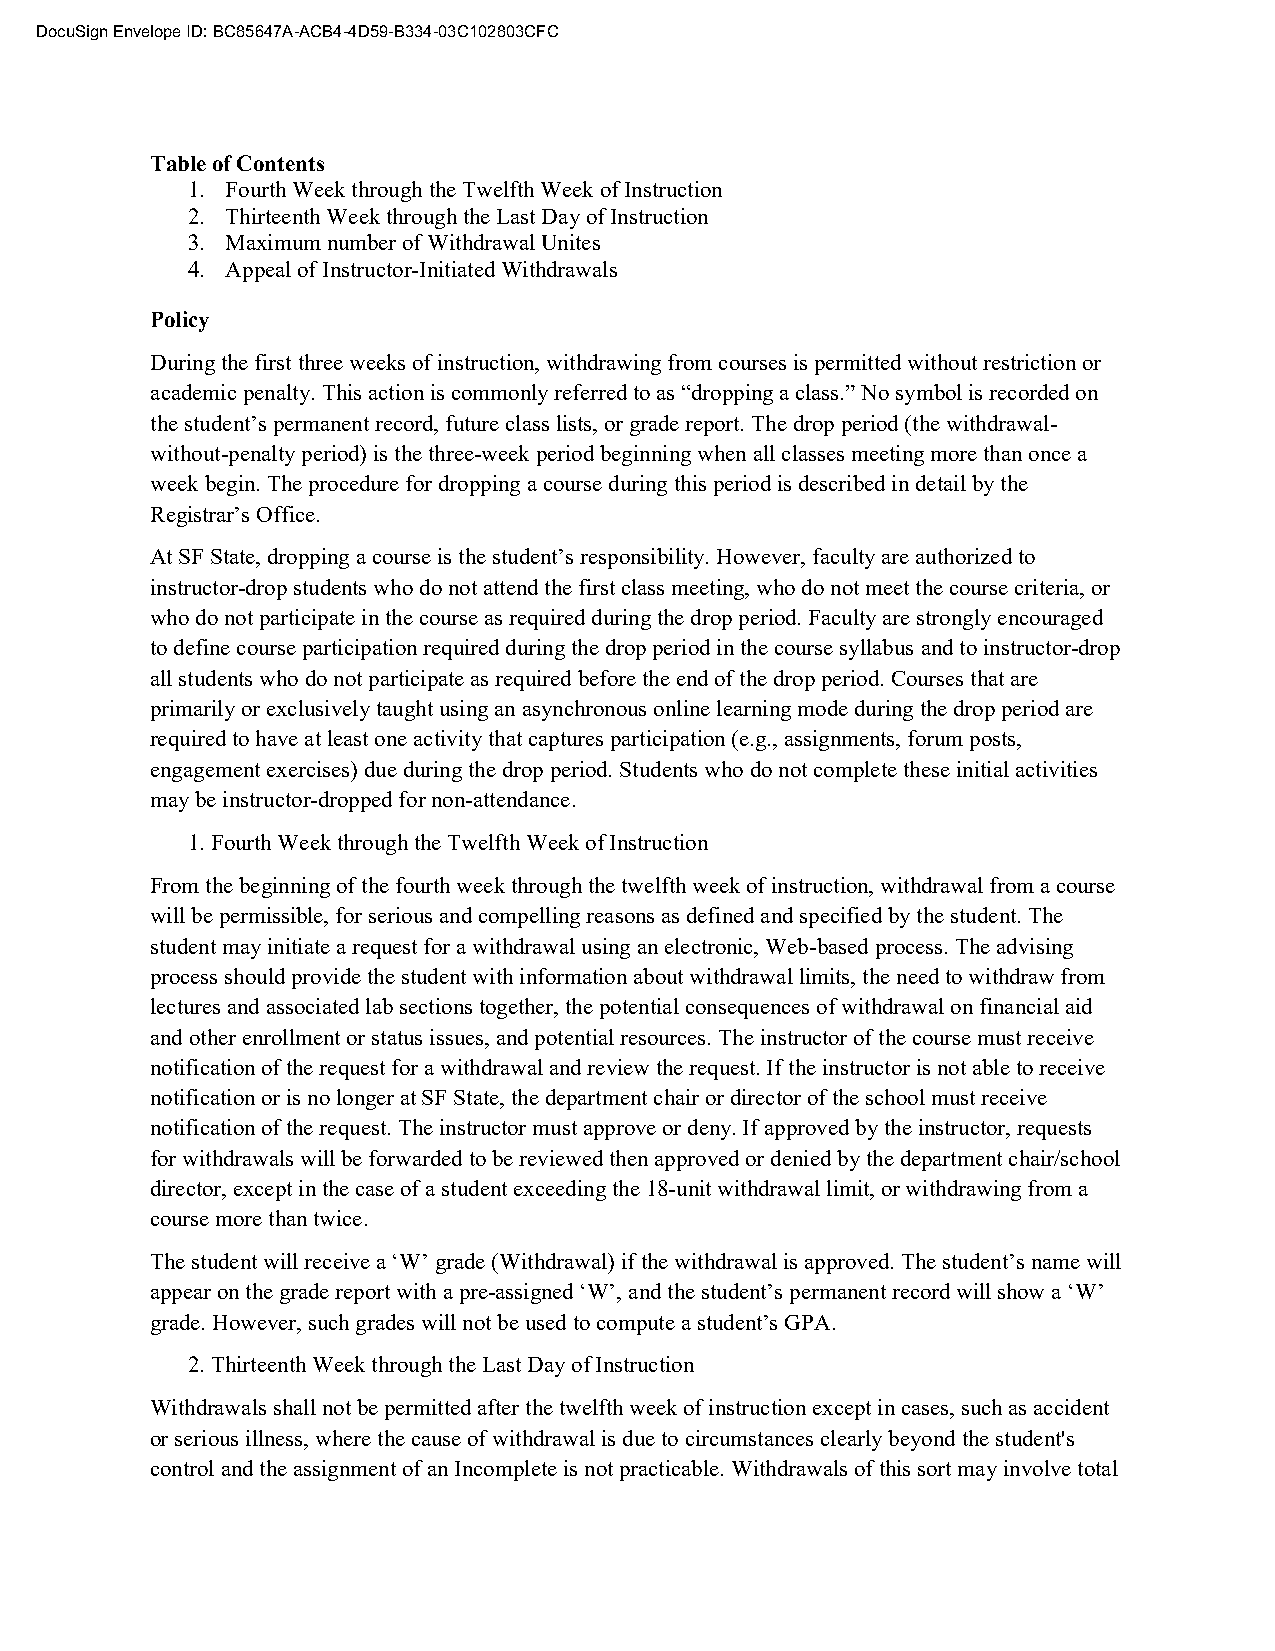
DocuSign Envelope ID: BC85647A-ACB4-4D59-B334-03C102803CFC
 Table of Contents
 1. Fourth Week through the Twelfth Week of Instruction
 2. Thirteenth Week through the Last Day of Instruction
 3. Maximum number of Withdrawal Unites
 4. Appeal of Instructor-Initiated Withdrawals
 Policy
 During the first three weeks of instruction, withdrawing from courses is permitted without restriction or
 academic penalty. This action is commonly referred to as “dropping a class.” No symbol is recorded on
 the student’s permanent record, future class lists, or grade report. The drop period (the withdrawal-
 without-penalty period) is the three-week period beginning when all classes meeting more than once a
 week begin. The procedure for dropping a course during this period is described in detail by the
 Registrar’s Office.
 At SF State, dropping a course is the student’s responsibility. However, faculty are authorized to
 instructor-drop students who do not attend the first class meeting, who do not meet the course criteria, or
 who do not participate in the course as required during the drop period. Faculty are strongly encouraged
 to define course participation required during the drop period in the course syllabus and to instructor-drop
 all students who do not participate as required before the end of the drop period. Courses that are
 primarily or exclusively taught using an asynchronous online learning mode during the drop period are
 required to have at least one activity that captures participation (e.g., assignments, forum posts,
 engagement exercises) due during the drop period. Students who do not complete these initial activities
 may be instructor-dropped for non-attendance.
 1. Fourth Week through the Twelfth Week of Instruction
 From the beginning of the fourth week through the twelfth week of instruction, withdrawal from a course
 will be permissible, for serious and compelling reasons as defined and specified by the student. The
 student may initiate a request for a withdrawal using an electronic, Web-based process. The advising
 process should provide the student with information about withdrawal limits, the need to withdraw from
 lectures and associated lab sections together, the potential consequences of withdrawal on financial aid
 and other enrollment or status issues, and potential resources. The instructor of the course must receive
 notification of the request for a withdrawal and review the request. If the instructor is not able to receive
 notification or is no longer at SF State, the department chair or director of the school must receive
 notification of the request. The instructor must approve or deny. If approved by the instructor, requests
 for withdrawals will be forwarded to be reviewed then approved or denied by the department chair/school
 director, except in the case of a student exceeding the 18-unit withdrawal limit, or withdrawing from a
 course more than twice.
 The student will receive a ‘W’ grade (Withdrawal) if the withdrawal is approved. The student’s name will
 appear on the grade report with a pre-assigned ‘W’, and the student’s permanent record will show a ‘W’
 grade. However, such grades will not be used to compute a student’s GPA.
 2. Thirteenth Week through the Last Day of Instruction
 Withdrawals shall not be permitted after the twelfth week of instruction except in cases, such as accident
 or serious illness, where the cause of withdrawal is due to circumstances clearly beyond the student's
 control and the assignment of an Incomplete is not practicable. Withdrawals of this sort may involve total